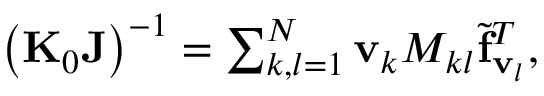
\begin{array} { r } { \left( { \bf K } _ { 0 } { \bf J } \right) ^ { - 1 } = \sum _ { k , l = 1 } ^ { N } { \bf v } _ { k } { M _ { k l } } { \widetilde { \bf f } _ { { \bf v } _ { l } } } ^ { T } , } \end{array}